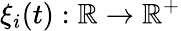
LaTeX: \xi_{i}(t):\mathbb{R}\to\mathbb{R}^{+}